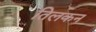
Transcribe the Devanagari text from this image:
तिलकन